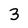
Character: 3